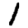
Digit: 1